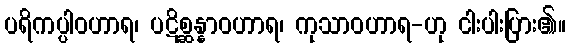
ပရိကပ္ပါဝဟာရ၊ ပဋိစ္ဆန္နာဝဟာရ၊ ကုသာဝဟာရ-ဟု ငါးပါးပြား၏။